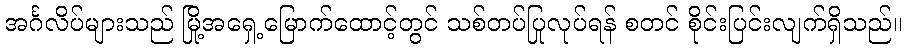
အင်္ဂလိပ်များသည် မြို့အရှေ့မြောက်ထောင့်တွင် သစ်တပ်ပြုလုပ်ရန် စတင် စိုင်းပြင်းလျက်ရှိသည်။